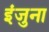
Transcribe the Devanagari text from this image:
इंजुना